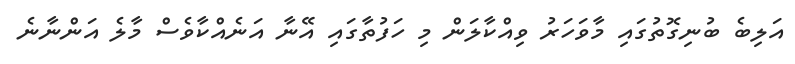
އަލިބެ ބުނިގޮތުގައި މާވަހަރު ވިއްކާލަން މި ހަފުތާގައި އޭނާ އަނެއްކާވެސް މާލެ އަންނާނެ